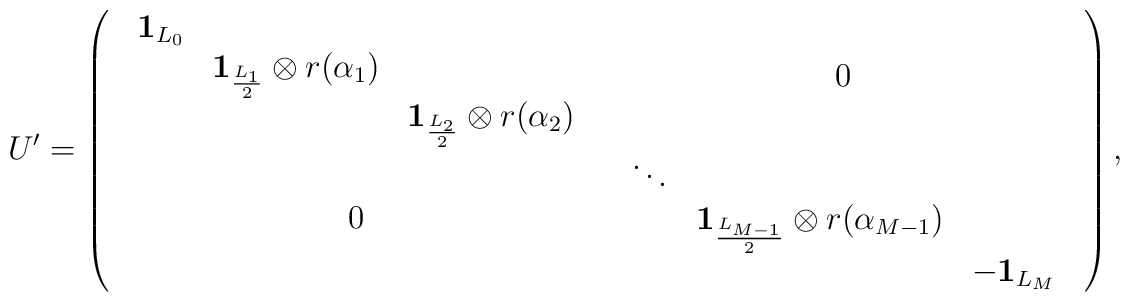
U^\prime	=		\left(			\begin{array}{cc}				\begin{array}{ccc}					{\bf 1}_{L_0}	&		&	\\                    &  {\bf 1}_{\scriptstyle \frac{L_{1}}{2}}						\otimes r(\alpha_1)&  \\					& &{\bf 1}_{\scriptstyle \frac{L_{2}}{2}}						\otimes r(\alpha_2)				\end{array}				& 0 \\				0&				\begin{array}{ccc} 					\ddots & & \\					& {\bf 1}_{\scriptstyle \frac{L_{M-1}}{2}}						\otimes r(\alpha_{M-1}) & \\					& & -{\bf 1}_{L_M}				\end{array}			\end{array}		\right),